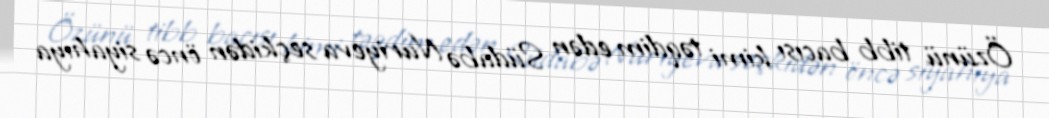
Özünü tibb bacısı kimi təqdim edən Südabə Nuriyeva seçkidən öncə siyahıya